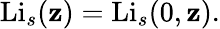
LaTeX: \operatorname{Li}_{s}(\mathbf{z})=\operatorname{Li}_{s}(0,\mathbf{z}).